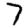
Digit: 7